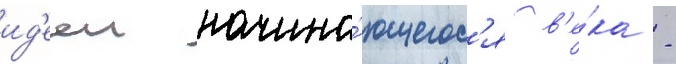
ид'ееи начина́ющегос'я в'е́ка -